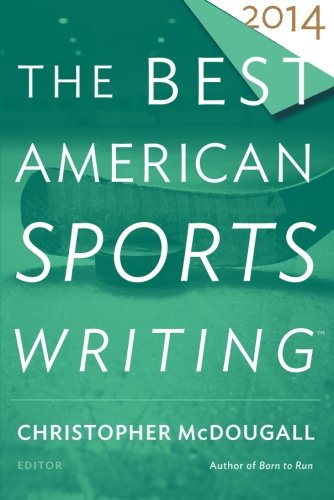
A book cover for The Best American Sports Writing 2014; Christopher McDougall; Sports & Outdoors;